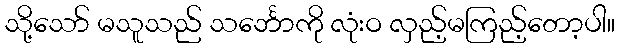
သို့သော် မသူသည် သင်္ဘောကို လုံးဝ လှည့်မကြည့်တော့ပါ။